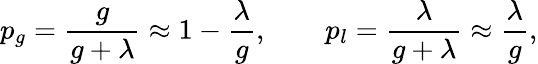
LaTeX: p_{g}=\frac{g}{g+\lambda}\approx 1-\frac{\lambda}{g},\qquad p_{l}=\frac{\lambda}{g+\lambda}\approx\frac{\lambda}{g},